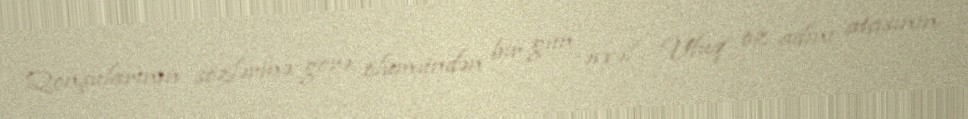
Qonşularının sözlərinə görə, ölümündən bir gün əvvəl Üfüq öz adını atasının